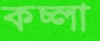
কচ্‌লা